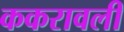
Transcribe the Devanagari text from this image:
ककरावली